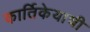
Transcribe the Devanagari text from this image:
कार्तिकेयाची